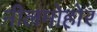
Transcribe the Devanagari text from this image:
नीलमोहोर